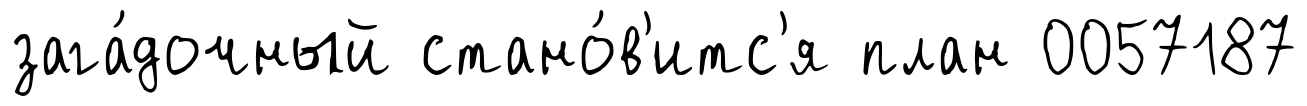
зага́дочный стано́в'итс'я план 0057187